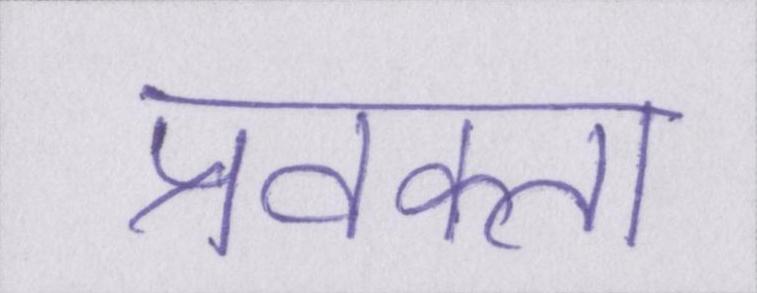
प्रवक्ता